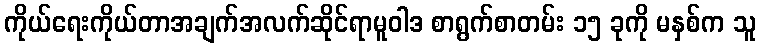
ကိုယ်ရေးကိုယ်တာအချက်အလက်ဆိုင်ရာမူဝါဒ စာရွက်စာတမ်း ၁၅ ခုကို မနှစ်က သူ